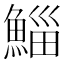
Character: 鯔